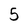
Character: 5